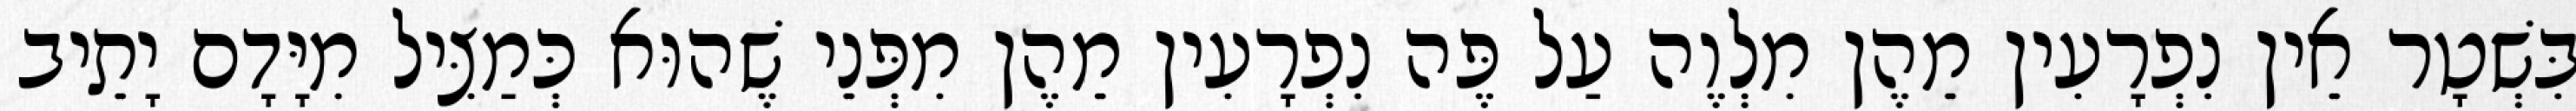
בִּשְׁטָר אֵין נִפְרָעִין מֵהֶן מִלְוֶה עַל פֶּה נִפְרָעִין מֵהֶן מִפְּנֵי שֶׁהוּא כְּמַצִּיל מִיָּדָם יָתֵיב